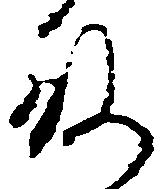
殿